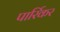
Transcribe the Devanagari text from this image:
पार्रिकर